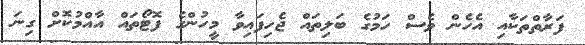
ފަރާތްތަކާއި އެހެން ވެސް ހަމުގެ ބަލިތައް ޖެހިފައިވާ މީހުންގެ ފޮޓޯތައް އާއްމުކޮށް ގިނަ